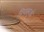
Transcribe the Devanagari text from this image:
पिपासुओं